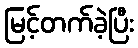
မြင့်တက်ခဲ့ပြီး